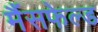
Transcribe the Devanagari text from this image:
मैंसफेल्ड